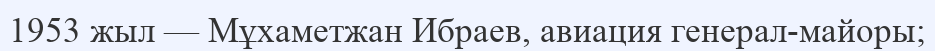
1953 жыл — Мұхаметжан Ибраев, авиация генерал-майоры;